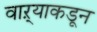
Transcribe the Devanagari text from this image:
वाऱ्याकडून